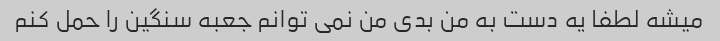
میشه لطفا یه دست به من بدی من نمی توانم جعبه سنگین را حمل کنم